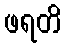
ဖရတိ